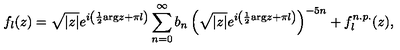
f _ { l } ( z ) = \sqrt { | z | } e ^ { i \left( { \frac { 1 } { 2 } } \mathrm { a r g } z + \pi l \right) } \sum _ { n = 0 } ^ { \infty } b _ { n } \left( \sqrt { | z | } e ^ { i \left( { \frac { 1 } { 2 } } \mathrm { a r g } z + \pi l \right) } \right) ^ { - 5 n } + f _ { l } ^ { n . p . } ( z ) ,